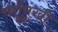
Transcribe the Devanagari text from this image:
चर्तुमुखी